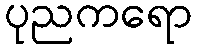
ပုညကရော